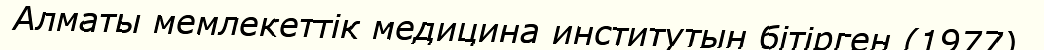
Алматы мемлекеттік медицина институтын бітірген (1977).